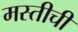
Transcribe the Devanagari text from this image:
मस्तीची